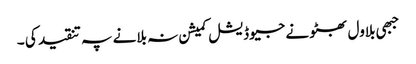
جبھی بلاول بھٹو نے جیوڈیشل کمیشن نہ بلانے پہ تنقید کی ۔